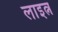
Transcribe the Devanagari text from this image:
लाइत्न